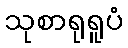
သုစာရုရူပံ